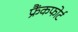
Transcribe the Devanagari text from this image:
फ्रैंकफोर्ट